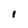
Character: l